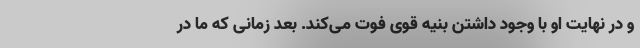
و در نهایت او با وجود داشتن بنیه قوی فوت می‌کند. بعد زمانی که ما در